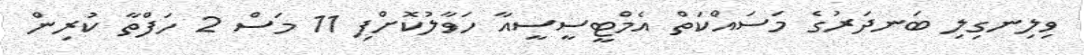
ވިލިނގިލި ބަނދަރުގެ މަސައްކަތް އެމްޓީސީސީއާ ހަވާލުކޮށްފި 11 މަސް 2 ހަފްތާ ކުރިން